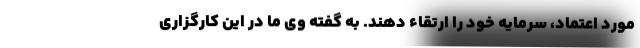
مورد اعتماد، سرمایه خود را ارتقاء دهند. به گفته وی ما در این کارگزاری